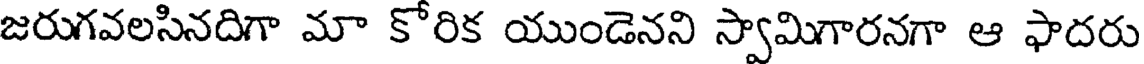
జరుగవలసినదిగా మా కోరిక యుండెనని స్వామిగారనగా ఆ ఫాదరు